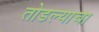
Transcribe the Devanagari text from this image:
तोडल्याचा